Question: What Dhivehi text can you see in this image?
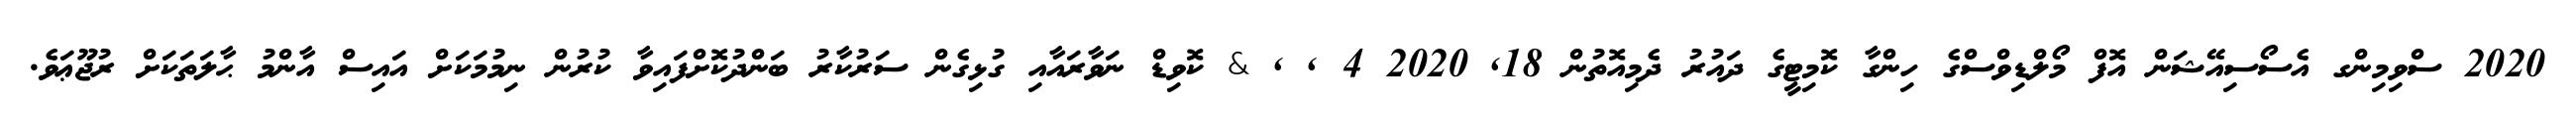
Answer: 2020 ސްވިމިންގ އެސޯސިއޭޝަން އޮފް މޯލްޑިވްސްގެ ހިންގާ ކޮމިޓީގެ ދައުރު ދެމިއޮތުން 18, 2020 4 , , & ކޮވިޑް ނަވާރައާއި ގުޅިގެން ސަރުކާރު ބަންދުކޮށްފައިވާ ކުރުން ނިމުމަކަށް އައިސް އާންމު ޙާލަތަކަށް ރުޖޫޢަވެ.